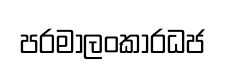
පරමාලංකාරධජ